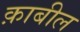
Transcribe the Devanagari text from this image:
क़ाबील